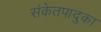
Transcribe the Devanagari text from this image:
संकेतपादुका